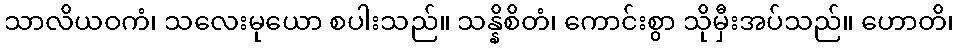
သာလိယဝကံ၊ သလေးမုယော စပါးသည်။ သန္နိစိတံ၊ ကောင်းစွာ သိုမှီးအပ်သည်။ ဟောတိ၊